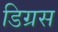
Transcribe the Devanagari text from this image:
डिग्रस